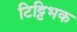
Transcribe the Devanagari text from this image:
टिट्टिभक